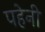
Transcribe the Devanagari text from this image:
पहेनी